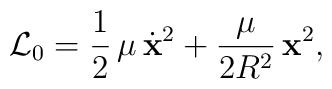
{\cal L}_{0}=\frac{1}{2}\,\mu\,\dot{\bf x}^{2}+\frac{\mu}{2R^{2}}\,{\bf x}^{2},